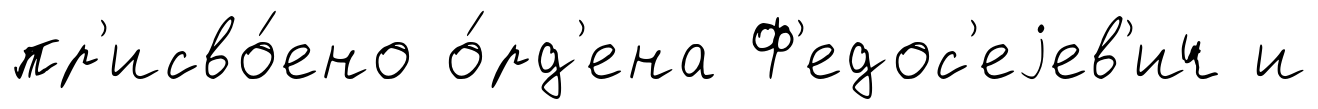
пр'исво́ено о́рд'ена Ф'едос'еjев'ич и